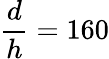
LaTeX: \frac{d}{h}=160